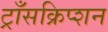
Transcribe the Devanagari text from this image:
ट्राँसक्रिप्शन